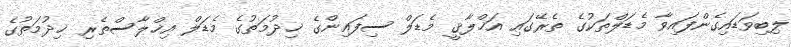
ލިބިވަޑައިގެންފައިވާ މެޑަލްތަކުގެ ތެރޭގައި އަޚްލާޤީ މެޑަލް ސިފައިންގެ ޚިދުމަތުގެ މެޑަލް އިޚްލާސްތެރި ޚިދުމަތުގެ